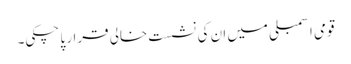
قومی اسمبلی میں ان کی نشست خالی قرار پا چکی۔